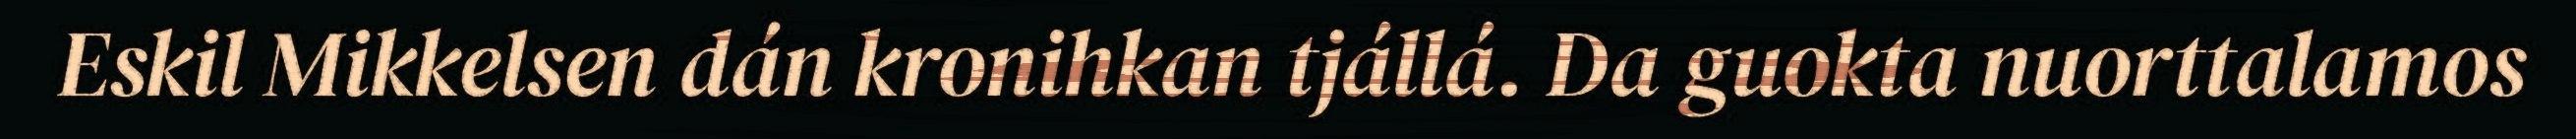
Eskil Mikkelsen dán kronihkan tjállá. Da guokta nuorttalamos